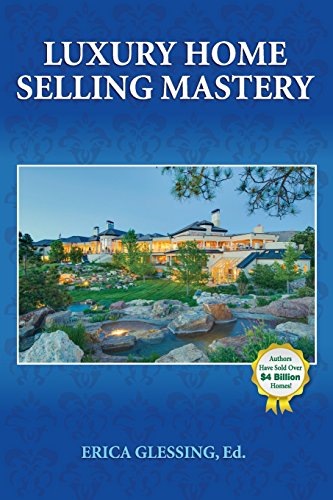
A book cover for Luxury Home Selling Mastery; Business & Money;